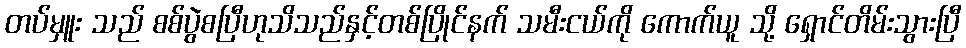
တပ်မှူး သည် စစ်ပွဲစပြီဟုသိသည်နှင့်တစ်ပြိုင်နက် သမီးငယ်ကို ကောက်ယူ သို့ ရှောင်တိမ်းသွားပြီ